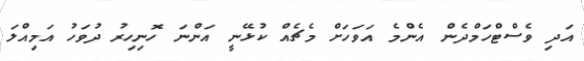
އަދި ވެސްޓްހަމްދެން އެންމެ އަވަހަށް މެޗެއް ކުޅޭނީ އަންނަ ހޮނިހިރު ދުވަހު އަމިއްލަ